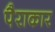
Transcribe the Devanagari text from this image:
पैराकार